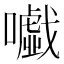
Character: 𡃰